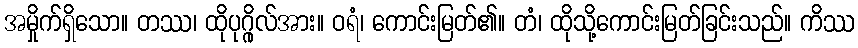
အမှိုက်ရှိသော။ တဿ၊ ထိုပုဂ္ဂိုလ်အား။ ဝရံ၊ ကောင်းမြတ်၏။ တံ၊ ထိုသို့ကောင်းမြတ်ခြင်းသည်။ ကိဿ